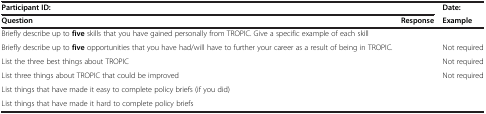
<table><thead><tr><td colspan="2"><b>Participant ID:</b></td><td><b>Date:</b></td></tr><tr><td><b>Question</b></td><td><b>Response</b></td><td><b>Example</b></td></tr></thead><tbody><tr><td>Briefly describe up to <b>five</b> skills that you have gained personally from TROPIC. Give a specific example of each skill</td><td> </td><td> </td></tr><tr><td>Briefly describe up to <b>five</b> opportunities that you have had/will have to further your career as a result of being in TROPIC.</td><td> </td><td>Not required</td></tr><tr><td>List the three best things about TROPIC</td><td> </td><td>Not required</td></tr><tr><td>List three things about TROPIC that could be improved</td><td> </td><td>Not required</td></tr><tr><td>List things that have made it easy to complete policy briefs (if you did)</td><td> </td><td> </td></tr><tr><td>List things that have made it hard to complete policy briefs</td><td> </td><td> </td></tr></tbody></table>